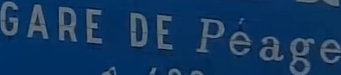
GARE DE Péage